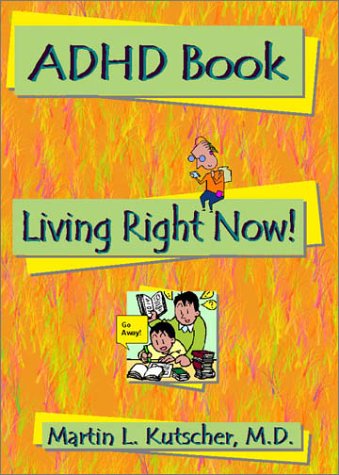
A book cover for ADHD Book: Living Right Now!; Martin L. Kutscher; Parenting & Relationships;